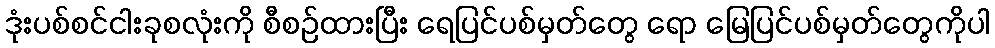
ဒုံးပစ်စင်ငါးခုစလုံးကို စီစဉ်ထားပြီး ရေပြင်ပစ်မှတ်တွေ ရော မြေပြင်ပစ်မှတ်တွေကိုပါ